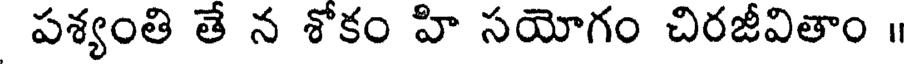
పశ్యంతి తే న శోకం హి సయోగం చిరజీవితాం